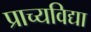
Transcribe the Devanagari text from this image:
प्राच्‍यविद्या